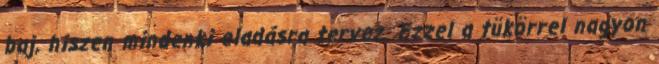
baj, hiszen mindenki eladásra tervez. Ezzel a tükörrel nagyon